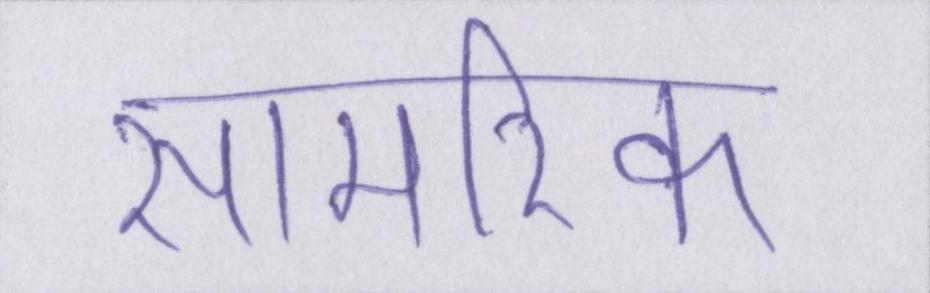
सामरिक